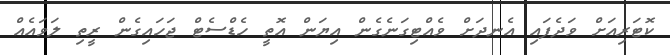
ކޮޓަރިއަށް ވަދެފައި އެނދަށް ވެއްޓިގަނެގެން އިޔަން އޮތީ ހެޑްސެޓް ޖަހައިގެން ރީތި ލަވައެއް